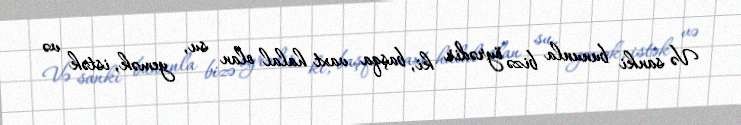
Və sanki bununla bizə öyrədir ki, başqa vaxt halal olan su, yemək, istək və